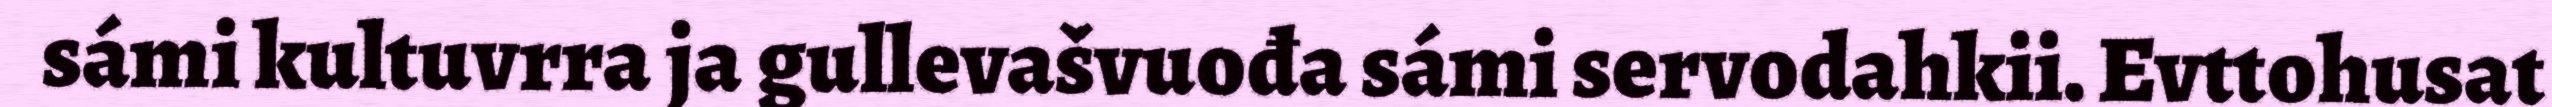
sámi kultuvrra ja gullevašvuođa sámi servodahkii. Evttohusat